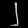
Digit: ၂